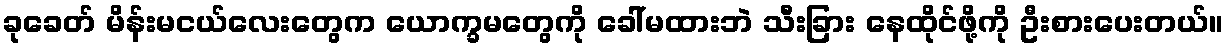
ခုခေတ် မိန်းမငယ်လေးတွေက ယောက္ခမတွေကို ခေါ်မထားဘဲ သီးခြား နေထိုင်ဖို့ကို ဦးစားပေးတယ်။